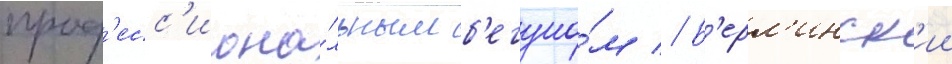
проф'есс'иона́льным б'егуно́м // Б'ерл'инск'ии